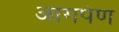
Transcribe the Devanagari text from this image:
आगपेण